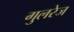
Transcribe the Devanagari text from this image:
गुलरेज